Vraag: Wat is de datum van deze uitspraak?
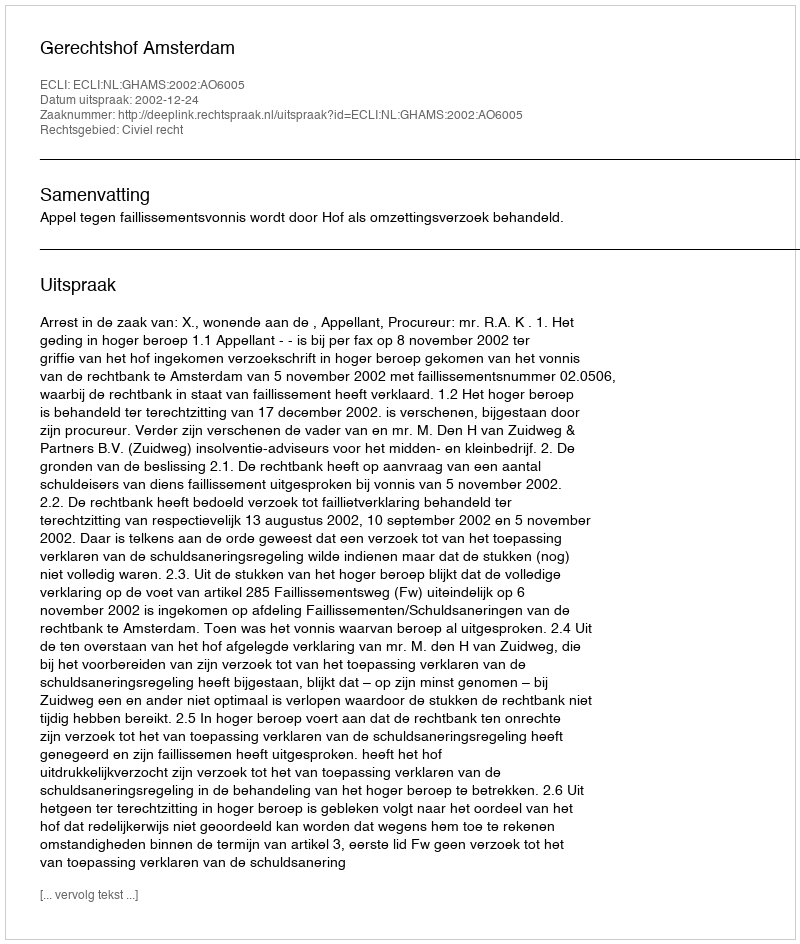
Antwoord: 2002-12-24